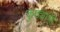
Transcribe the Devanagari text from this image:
कुड्याची